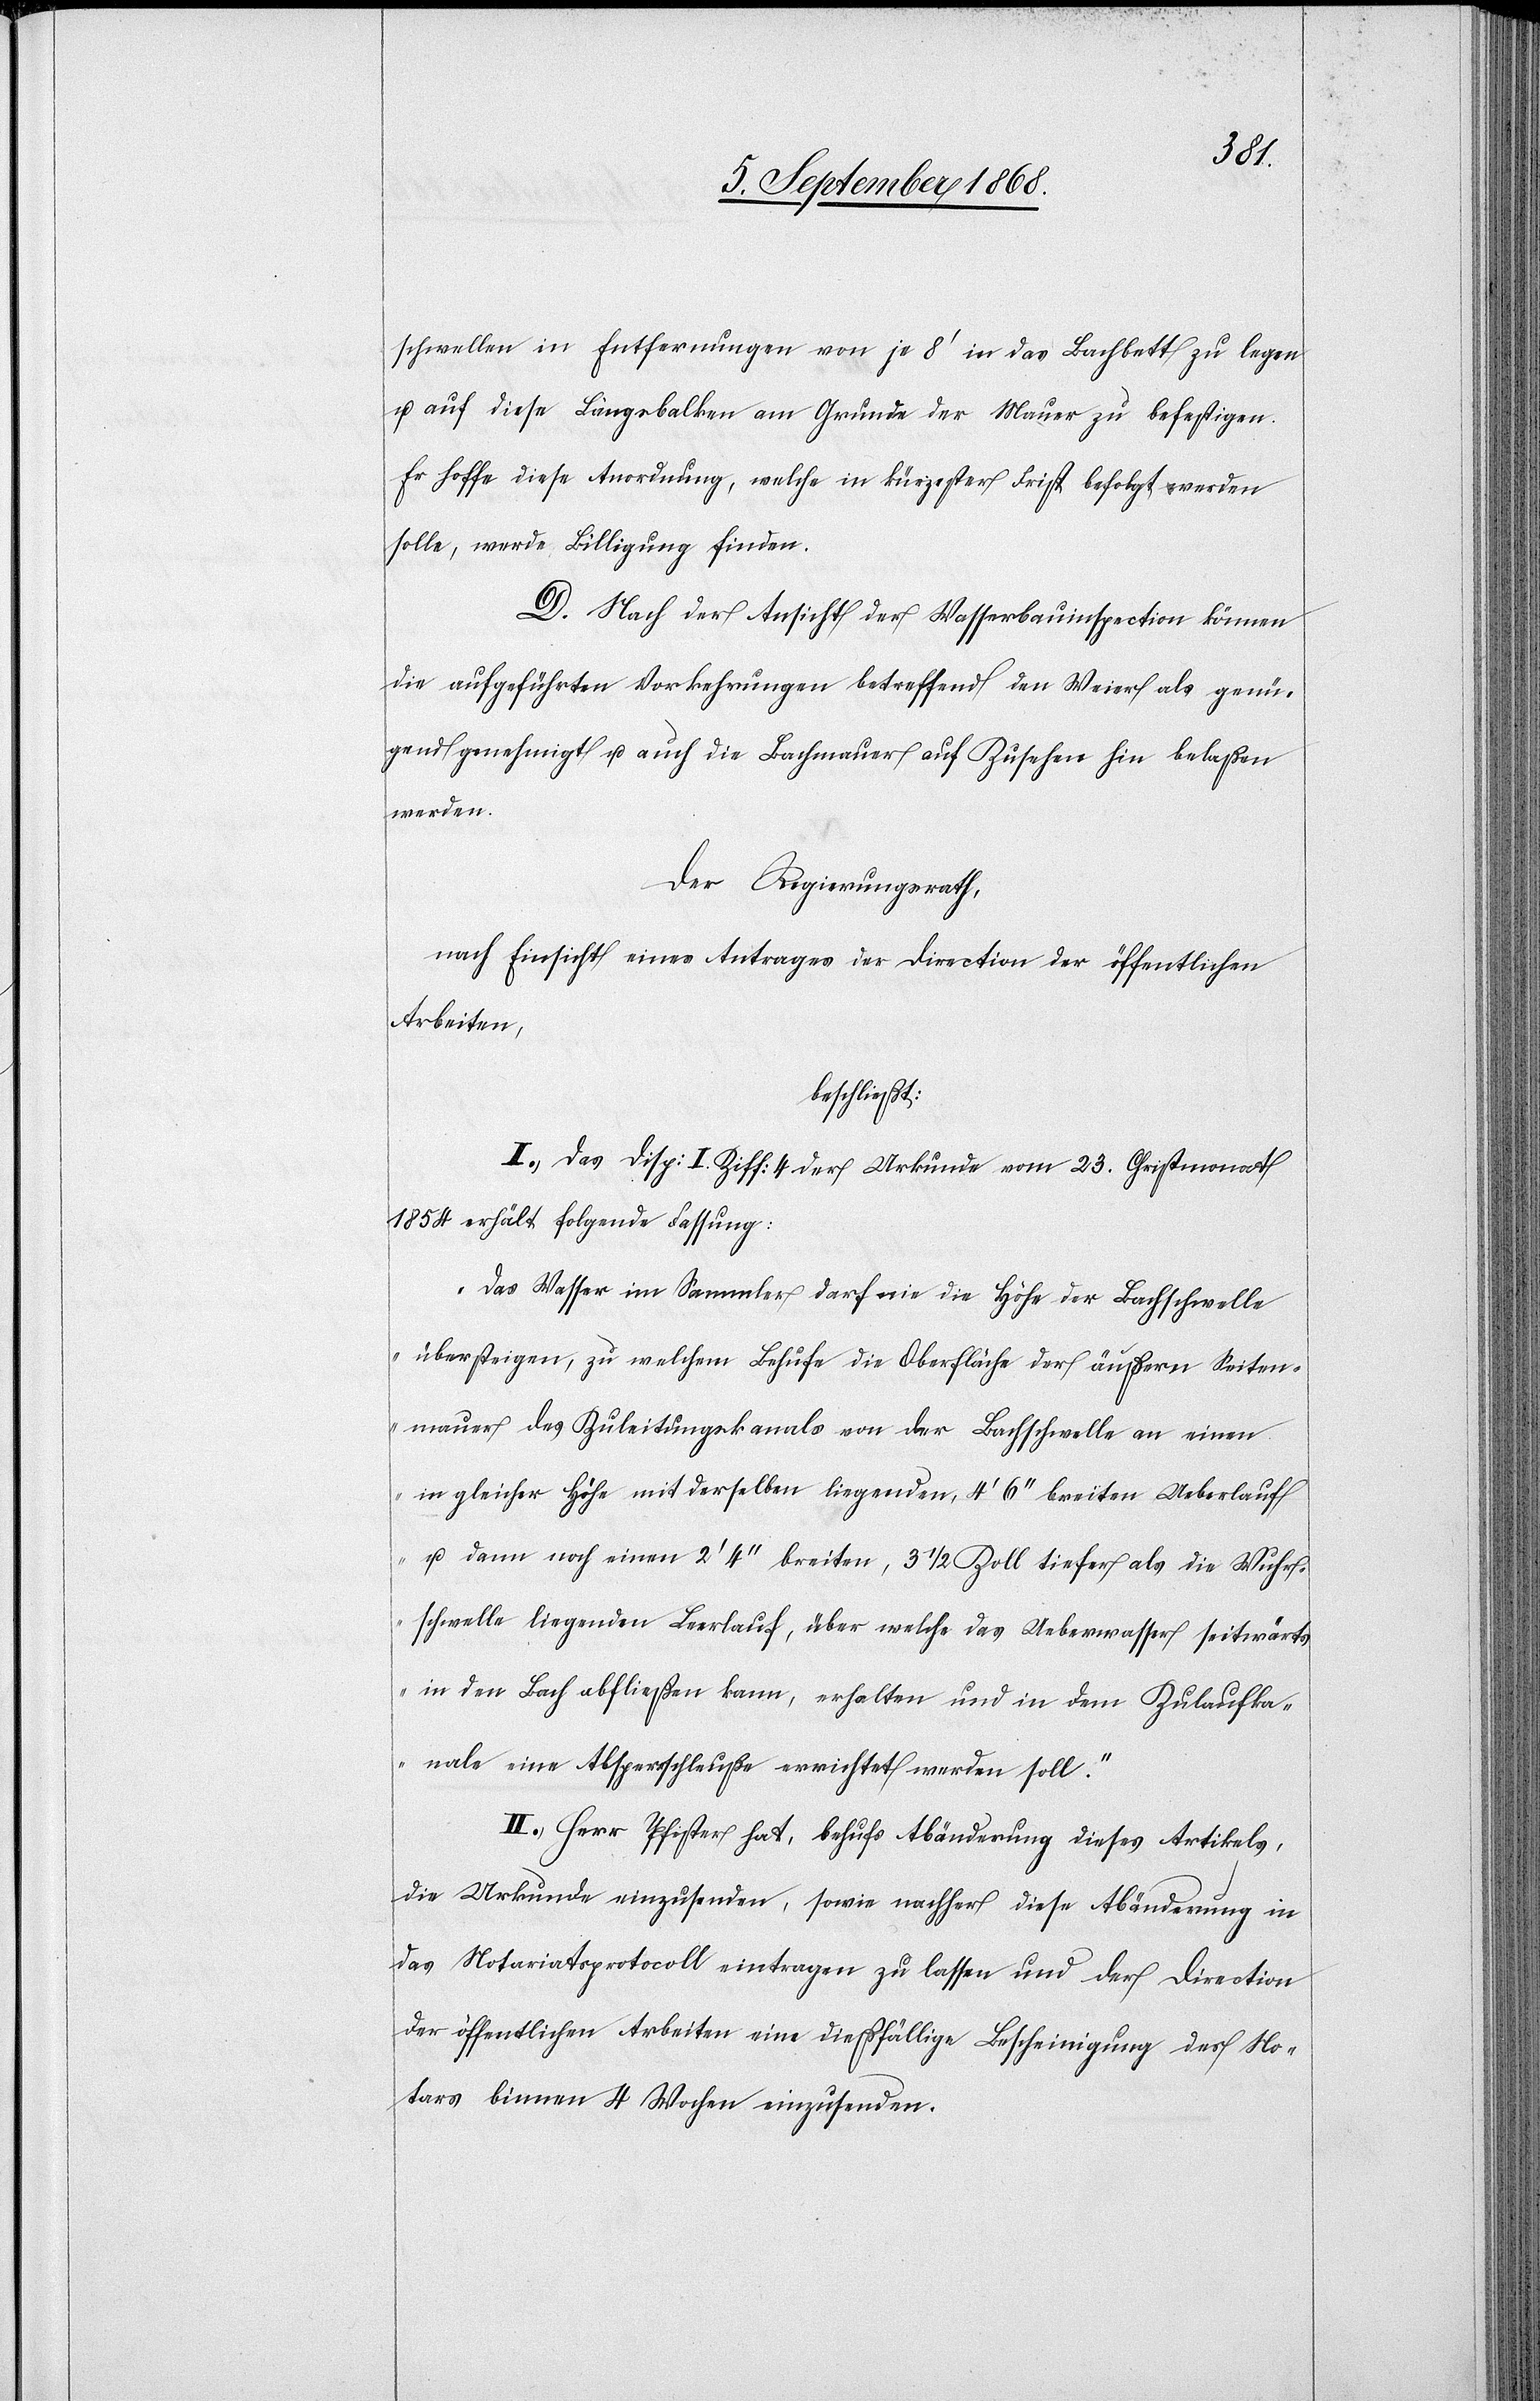
schwellen in Entfernungen von je 8‘ in das Bachbett zu legen
u. auf diese Längsbalken am Grunde der Mauer zu befestigen.
Er hoffe diese Anordnung, welche in kürzester Frist befolgt werden
solle, werde Billigung finden.
Nach der Ansicht der Wasserbauinspection können
die aufgeführten Vorkehrungen betreffend den Weier als genü¬
gend genehmigt u. auch die Bachmauer auf Zusehen hin belaßen
werden.
Der Regierungsrath,
nach Einsicht eines Antrages der Direction der öffentlichen
Arbeiten,
beschließt:
I.) Das Disp: I. Ziff: 4 der Urkunde vom 23. Christmonat
1854 erhält folgende Fassung:
„Das Wasser im Sammler darf nie die Höhe der Bachschwelle
übersteigen, zu welchem Behufe die Oberfläche der äußern Seiten¬
mauer des Zuleitungskanals von der Bachschwelle an einen
in gleicher Höhe mit derselben liegenden, 4‘ 6‘‘ breiten Ueberlauf
u. dann noch einen 2‘ 4‘‘ breiten, 3 1/2 Zoll tiefer als die Wuhr¬
schwelle liegenden Leerlauf, über welche das Ueberwasser seitwärts
in den Bach abfließen kann, erhalten und in dem Zulaufka¬
nale eine Absperrschleuße errichtet werden soll.“
II.) Herr Pfister hat, behufs Abänderung dieses Artikels,
die Urkunde einzusenden, sowie nachher diese Abänderung in
das Notariatsprotocoll eintragen zu lassen und der Direction
der öffentlichen Arbeiten eine dießfällige Bescheinigung des No¬
tars binnen 4 Wochen einzusenden.